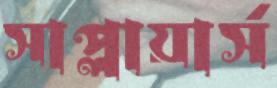
সাপ্লায়ার্স